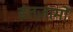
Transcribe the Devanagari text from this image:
इंतज़ामों